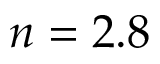
n = 2 . 8